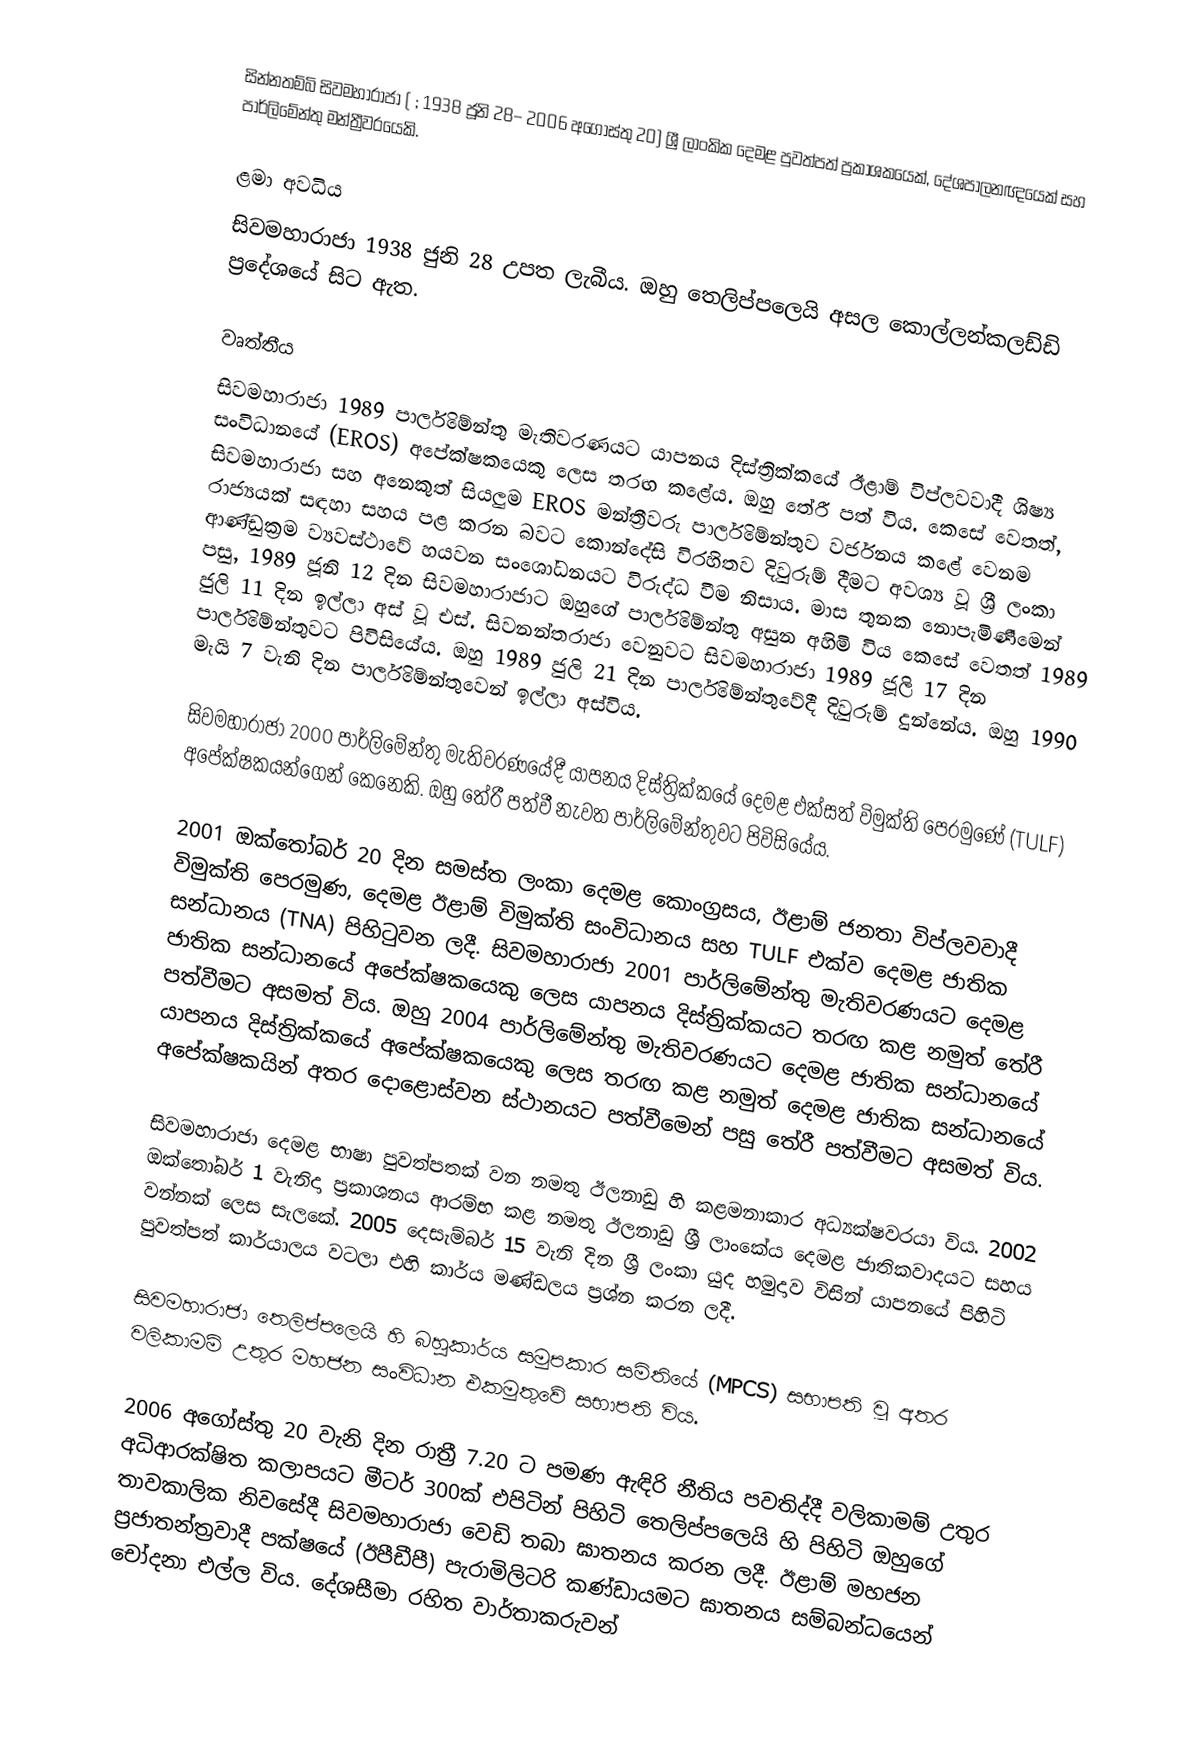
සින්නතම්බි සිවමහාරාජා ( ; 1938 ජූනි 28– 2006 අගෝස්තු 20) ශ්‍රී ලාංකික දෙමළ පුවත්පත් ප්‍රකාශකයෙක්, දේශපාලනඥයෙක් සහ පාර්ලිමේන්තු මන්ත්‍රීවරයෙකි.

ළමා අවධිය
සිවමහාරාජා 1938 ජුනි 28 උපත ලැබීය. ඔහු තෙලිප්පලෙයි අසල කොල්ලන්කලඩ්ඩි ප්‍රදේශයේ සිට ඇත.

වෘත්තීය
සිවමහාරාජා 1989 පාර්ලිමේන්තු මැතිවරණයට යාපනය දිස්ත්‍රික්කයේ ඊළාම් විප්ලවවාදී ශිෂ්‍ය සංවිධානයේ (EROS) අපේක්ෂකයෙකු ලෙස තරඟ කළේය. ඔහු තේරී පත් විය.  කෙසේ වෙතත්, සිවමහාරාජා සහ අනෙකුත් සියලුම EROS මන්ත්‍රීවරු පාර්ලිමේන්තුව වර්ජනය කළේ වෙනම රාජ්‍යයක් සඳහා සහය පළ කරන බවට කොන්දේසි විරහිතව දිවුරුම් දීමට අවශ්‍ය වූ ශ්‍රී ලංකා ආණ්ඩුක්‍රම ව්‍යවස්ථාවේ හයවන සංශෝධනයට විරුද්ධ වීම නිසාය.  මාස තුනක නොපැමිණීමෙන් පසු, 1989 ජූනි 12 දින සිවමහාරාජාට ඔහුගේ පාර්ලිමේන්තු අසුන අහිමි විය   කෙසේ වෙතත් 1989 ජුලි 11 දින ඉල්ලා අස් වූ එස්. සිවනන්තරාජා වෙනුවට සිවමහාරාජා 1989 ජූලි 17 දින පාර්ලිමේන්තුවට පිවිසියේය. ඔහු 1989 ජුලි 21 දින පාර්ලිමේන්තුවේදී දිවුරුම් දුන්නේය.   ඔහු 1990 මැයි 7 වැනි දින පාර්ලිමේන්තුවෙන් ඉල්ලා අස්විය.

සිවමහාරාජා 2000 පාර්ලිමේන්තු මැතිවරණයේදී යාපනය දිස්ත්‍රික්කයේ දෙමළ එක්සත් විමුක්ති පෙරමුණේ (TULF) අපේක්ෂකයන්ගෙන් කෙනෙකි. ඔහු තේරී පත්වී නැවත පාර්ලිමේන්තුවට පිවිසියේය.

2001 ඔක්තෝබර් 20 දින සමස්ත ලංකා දෙමළ කොංග්‍රසය, ඊළාම් ජනතා විප්ලවවාදී විමුක්ති පෙරමුණ, දෙමළ ඊළාම් විමුක්ති සංවිධානය සහ TULF එක්ව දෙමළ ජාතික සන්ධානය (TNA) පිහිටුවන ලදී.   සිවමහාරාජා 2001 පාර්ලිමේන්තු මැතිවරණයට දෙමළ ජාතික සන්ධානයේ අපේක්ෂකයෙකු ලෙස යාපනය දිස්ත්‍රික්කයට තරඟ කළ නමුත් තේරී පත්වීමට අසමත් විය.  ඔහු 2004 පාර්ලිමේන්තු මැතිවරණයට දෙමළ ජාතික සන්ධානයේ යාපනය දිස්ත්‍රික්කයේ අපේක්ෂකයෙකු ලෙස තරඟ කළ නමුත් දෙමළ ජාතික සන්ධානයේ අපේක්ෂකයින් අතර දොළොස්වන ස්ථානයට පත්වීමෙන් පසු තේරී පත්වීමට අසමත් විය.

සිවමහාරාජා දෙමළ භාෂා පුවත්පතක් වන නමතු ඊලනාඩු හි කළමනාකාර අධ්‍යක්ෂවරයා විය.    2002 ඔක්‌තෝබර් 1 වැනිදා ප්‍රකාශනය ආරම්භ කළ නමතු ඊලනාඩු ශ්‍රී ලාංකේය දෙමළ ජාතිකවාදයට සහය වන්නක්‌ ලෙස සැලකේ.    2005 දෙසැම්බර් 15 වැනි දින ශ්‍රී ලංකා යුද හමුදාව විසින් යාපනයේ පිහිටි පුවත්පත් කාර්යාලය වටලා එහි කාර්ය මණ්ඩලය ප්‍රශ්න කරන ලදී.

සිවමහාරාජා තෙලිප්පලෙයි හි බහුකාර්ය සමුපකාර සමිතියේ (MPCS) සභාපති වූ අතර වලිකාමම් උතුර මහජන සංවිධාන එකමුතුවේ සභාපති විය.

2006 අගෝස්තු 20 වැනි දින රාත්‍රී 7.20 ට පමණ ඇඳිරි නීතිය පවතිද්දී වලිකාමම් උතුර අධිආරක්ෂිත කලාපයට මීටර් 300ක් එපිටින් පිහිටි තෙලිප්පලෙයි හි පිහිටි ඔහුගේ තාවකාලික නිවසේදී සිවමහාරාජා වෙඩි තබා ඝාතනය කරන ලදී.       ඊළාම් මහජන ප්‍රජාතන්ත්‍රවාදී පක්ෂයේ (ඊපීඩීපී) පැරාමිලිටරි කණ්ඩායමට ඝාතනය සම්බන්ධයෙන් චෝදනා එල්ල විය.  දේශසීමා රහිත වාර්තාකරුවන්